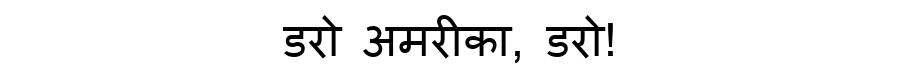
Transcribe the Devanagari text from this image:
डरो अमरीका, डरो!